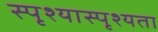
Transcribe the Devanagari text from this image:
स्पृश्यास्पृश्यता